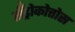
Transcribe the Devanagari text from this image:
सँड्रोकोत्तोस